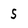
Character: S